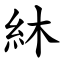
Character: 䊾